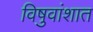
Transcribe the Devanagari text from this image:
विषुवांशात